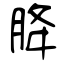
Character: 胮